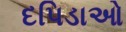
દપિડાઓ